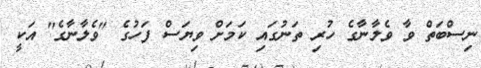
ނިސްބަތް ވާ ވެލާނާގެ ހުރި ތަނުގައި ކަމަށް ވިޔަސް ފަހުގެ "ވެލާނާގެ" އަކީ